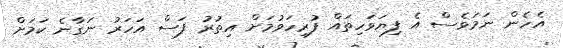
އެހެން ނަމަވެސް އެ ފިޔަވަހިތައް ފުރިހަވުމަށް އިތުރު ފަސް އަހަރު ނަގާނެ ކަމަށް